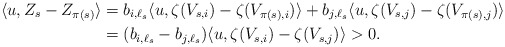
\begin{align*}\langle u , Z_s - Z_{\pi(s)} \rangle &= b_{i,\ell_s} \langle u , \zeta(V_{s,i}) - \zeta(V_{\pi(s),i}) \rangle + b_{j,\ell_s} \langle u , \zeta(V_{s,j}) - \zeta(V_{\pi(s),j}) \rangle \\&= (b_{i,\ell_s} - b_{j,\ell_s})\langle u , \zeta(V_{s,i}) - \zeta(V_{s,j}) \rangle > 0.\end{align*}